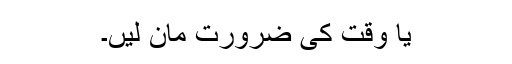
یا وقت کی ضرورت مان لیں۔